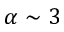
\alpha \sim 3